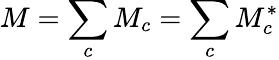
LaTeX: M=\sum_{c}M_{c}=\sum_{c}M_{c}^{*}